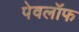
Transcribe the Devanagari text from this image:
पेवलॉफ